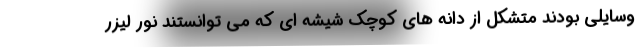
وسایلی بودند متشکل از دانه های کوچک شیشه ای که می توانستند نور لیزر